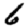
Digit: 6